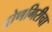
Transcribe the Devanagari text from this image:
द्रोणगिरीचा